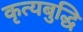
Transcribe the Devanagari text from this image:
कृत्यबुद्धि